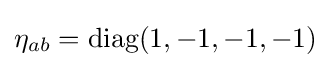
\eta _{ab}=\mathrm {diag} (1,-1,-1,-1)